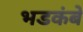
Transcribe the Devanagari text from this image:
भडकंबे